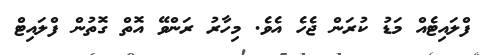
ފްލައިޓެއް މަޑު ކުރަން ޖެހެ އެވެ. މިހާރު ރަންވޭ އޮތް ގޮތުން ފްލައިޓް